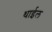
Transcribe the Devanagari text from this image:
थाईल